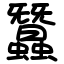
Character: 蠶